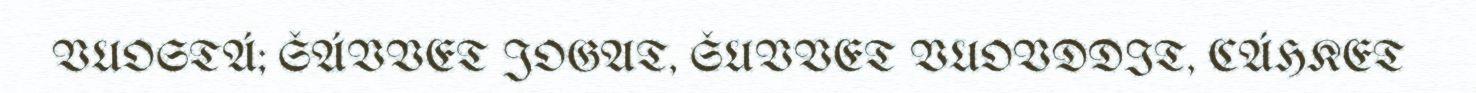
VUOSTÁ; ŠÁVVET JOGAT, ŠUVVET VUOVDDIT, CÁHKET